Lunatic asylums in Bengal annual reports 1888-1898 - 1888-1898
Year: 1888
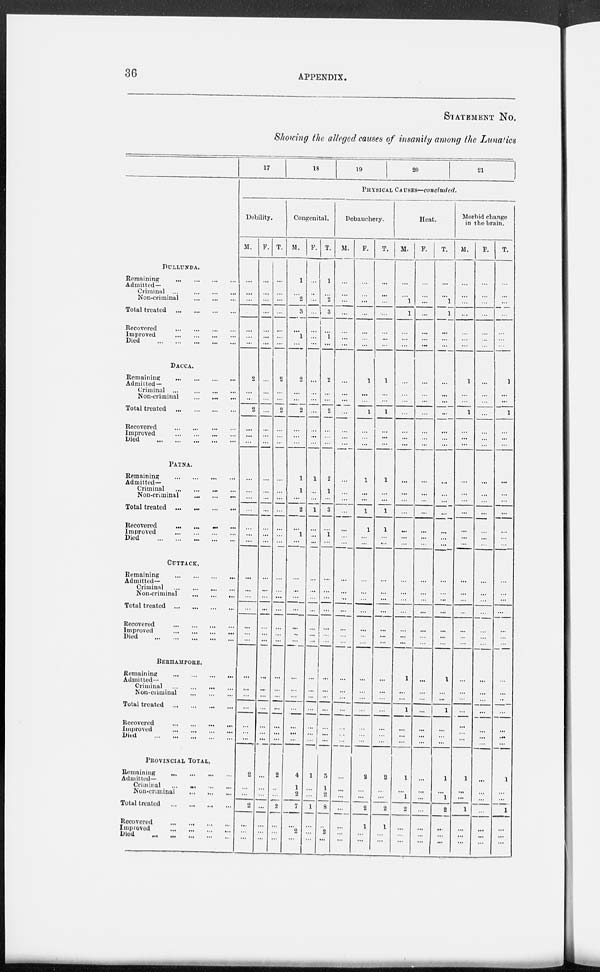
36
APPENDIX.
STATEMENT No.
Showing the alleged causes of insanity among the Lunatics
DULLUNDA.
Remaining
...
...
...
...
Admitted—
Criminal
...
...
...
...
Non-criminal
...
...
...
Total treated
...
...
...
...
Recovered ... ... ... ...
Improved
...
...
...
...
Died
...
...
...
...
...
DACCA.
Remaining
...
...
...
...
Admitted—
Criminal
...
...
...
...
Non-criminal
...
...
...
Total treated
...
...
...
...
Recovered
...
...
...
...
Improved
...
...
...
...
Died
...
...
...
...
...
PATNA.
Remaining
...
...
...
...
Admitted—
Criminal ... ... ... ...
Non-criminal
...
...
...
Total treated
...
...
...
...
Recovered
...
...
...
...
Improved
...
...
...
...
Died
...
...
...
...
...
CUTTACK.
Remaining
...
...
...
...
Admitted—
Criminal
...
...
...
...
Non-criminal
...
...
...
Total treated
...
...
...
...
Recovered
...
...
...
...
Improved
...
...
...
...
Died
...
...
...
...
...
BERHAMPORE.
Remaining
...
...
...
...
Admitted—
Criminal
...
...
...
...
Non-criminal
...
...
...
Total treated
...
...
...
...
Recovered
...
...
...
...
Improved
...
...
...
...
Died
...
...
...
...
...
PROVINCIAL TOTAL.
Remaining
...
...
...
...
Admitted—
Criminal
...
...
...
...
Non-criminal
...
...
...
Total treated
...
...
...
...
Recovered
...
...
...
...
Improved ... ... ... ...
Died
...
...
...
...
...
17
18
19
20
21
PHYSICAL CAUSES—concluded.
Debility.
M.
...
...
...
...
...
...
...
2
...
...
2
...
...
...
...
...
...
...
...
...
...
...
...
...
...
...
...
...
...
...
...
...
...
...
...
...
2
...
...
2
...
...
...
F.
...
...
...
...
...
...
...
...
...
...
...
...
...
...
...
...
...
...
...
...
...
...
...
...
...
...
...
...
...
...
...
...
...
...
...
...
...
...
...
...
...
...
...
T.
...
...
...
...
...
...
...
2
...
...
2
...
...
...
...
...
...
...
...
...
...
...
...
...
...
...
...
...
...
...
...
...
...
...
...
2
...
...
2
...
...
...
Congenital.
M.
1
...
2
3
...
1
...
2
...
...
2
...
...
...
1
1
...
2
...
1
...
...
...
...
...
...
..
...
...
...
...
...
...
...
...
...
4
1
2
7
...
2
...
F.
...
...
...
...
...
...
...
...
...
...
...
...
...
...
1
...
...
1
...
...
...
...
...
...
...
...
...
...
...
...
...
...
...
...
...
...
1
...
...
1
...
...
...
T.
1
...
2
3
...
1
...
2
...
...
2
...
...
...
2
1
...
3
...
1
...
...
...
...
...
...
...
...
...
...
...
...
...
...
...
...
5
1
2
8
...
2
...
Debauchery.
M.
...
...
...
...
...
...
...
...
...
...
...
...
...
...
...
...
...
...
...
...
...
...
...
...
...
...
...
...
...
...
...
...
...
...
...
...
...
...
...
...
...
...
...
F.
...
...
...
...
...
...
...
1
...
...
1
...
...
...
1
...
...
1
1
...
...
...
...
...
...
...
...
...
...
...
...
...
...
...
...
...
2
...
...
2
1
...
...
T. I
...
...
...
...
...
...
...
1
...
...
1
...
...
...
1
...
...
1
1
...
...
...
...
...
...
...
...
...
...
...
...
...
...
...
...
...
2
...
...
2
1
...
...
Heat.
M.
...
...
1
1
...
...
...
...
...
...
...
...
...
...
...
...
...
...
...
...
...
...
...
...
...
...
...
...
1
...
...
...
1
...
...
...
1
...
1
2
...
...
...
F.
...
...
...
...
...
...
...
...
...
...
...
...
...
...
...
...
...
...
...
...
...
...
...
...
...
...
...
...
...
...
...
...
...
...
...
...
...
...
...
...
...
...
...
T.
...
...
1
1
...
...
...
...
...
...
...
...
...
...
...
...
...
...
...
...
...
...
...
...
...
...
...
...
1
...
...
...
1
...
...
...
1
...
1
2
...
...
...
Morbid change
in the brain.
M.
...
...
...
...
...
...
...
1
...
...
1
...
...
...
...
...
...
...
...
...
...
...
...
...
...
...
...
...
...
...
...
...
...
...
...
...
1
...
...
1
...
...
...
F.
...
...
...
...
...
...
...
...
...
...
...
...
...
...
...
...
...
...
...
...
...
...
...
...
...
...
...
...
...
...
...
...
...
...
...
...
...
...
...
...
...
...
...
T.
...
...
...
...
...
...
...
1
...
...
1
...
...
...
...
...
...
...
...
...
...
...
...
...
...
...
...
...
...
...
...
...
...
...
...
...
1
...
...
1
...
...
...